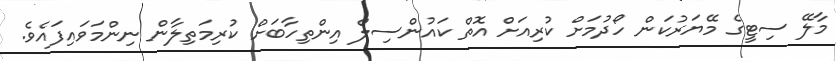
މާލޭ ސިޓީގެ މޭޔަރުކަން ހޯދުމަށް ކުރިއަށް އޮތް ކައުންސިލް އިންތިހާބަށް ކުރިމަތިލާން ނިންމަވައިފައެވެ.